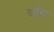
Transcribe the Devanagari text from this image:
खौमा